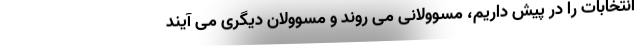
انتخابات را در پیش داریم، مسوولانی می روند و مسوولان دیگری می آیند